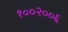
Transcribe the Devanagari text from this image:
१००२००६